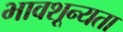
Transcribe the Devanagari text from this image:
भावशून्यता